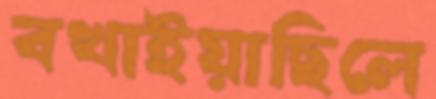
বখাইয়াছিলে